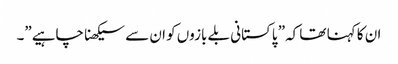
ان کا کہنا تھا کہ” پاکستانی بلے بازوں کو ان سے سیکھنا چاہیے”۔